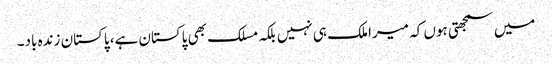
میں سمجھتی ہوں کہ میرا ملک ہی نہیں بلکہ مسلک بھی پاکستان ہے، پاکستان زندہ باد۔